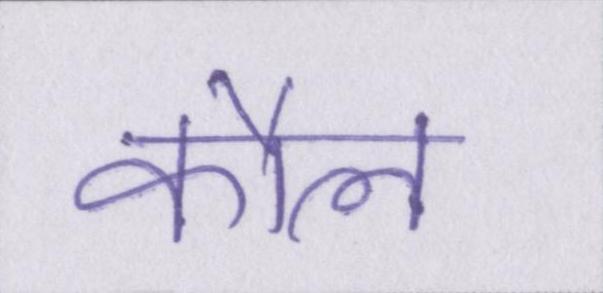
कौल